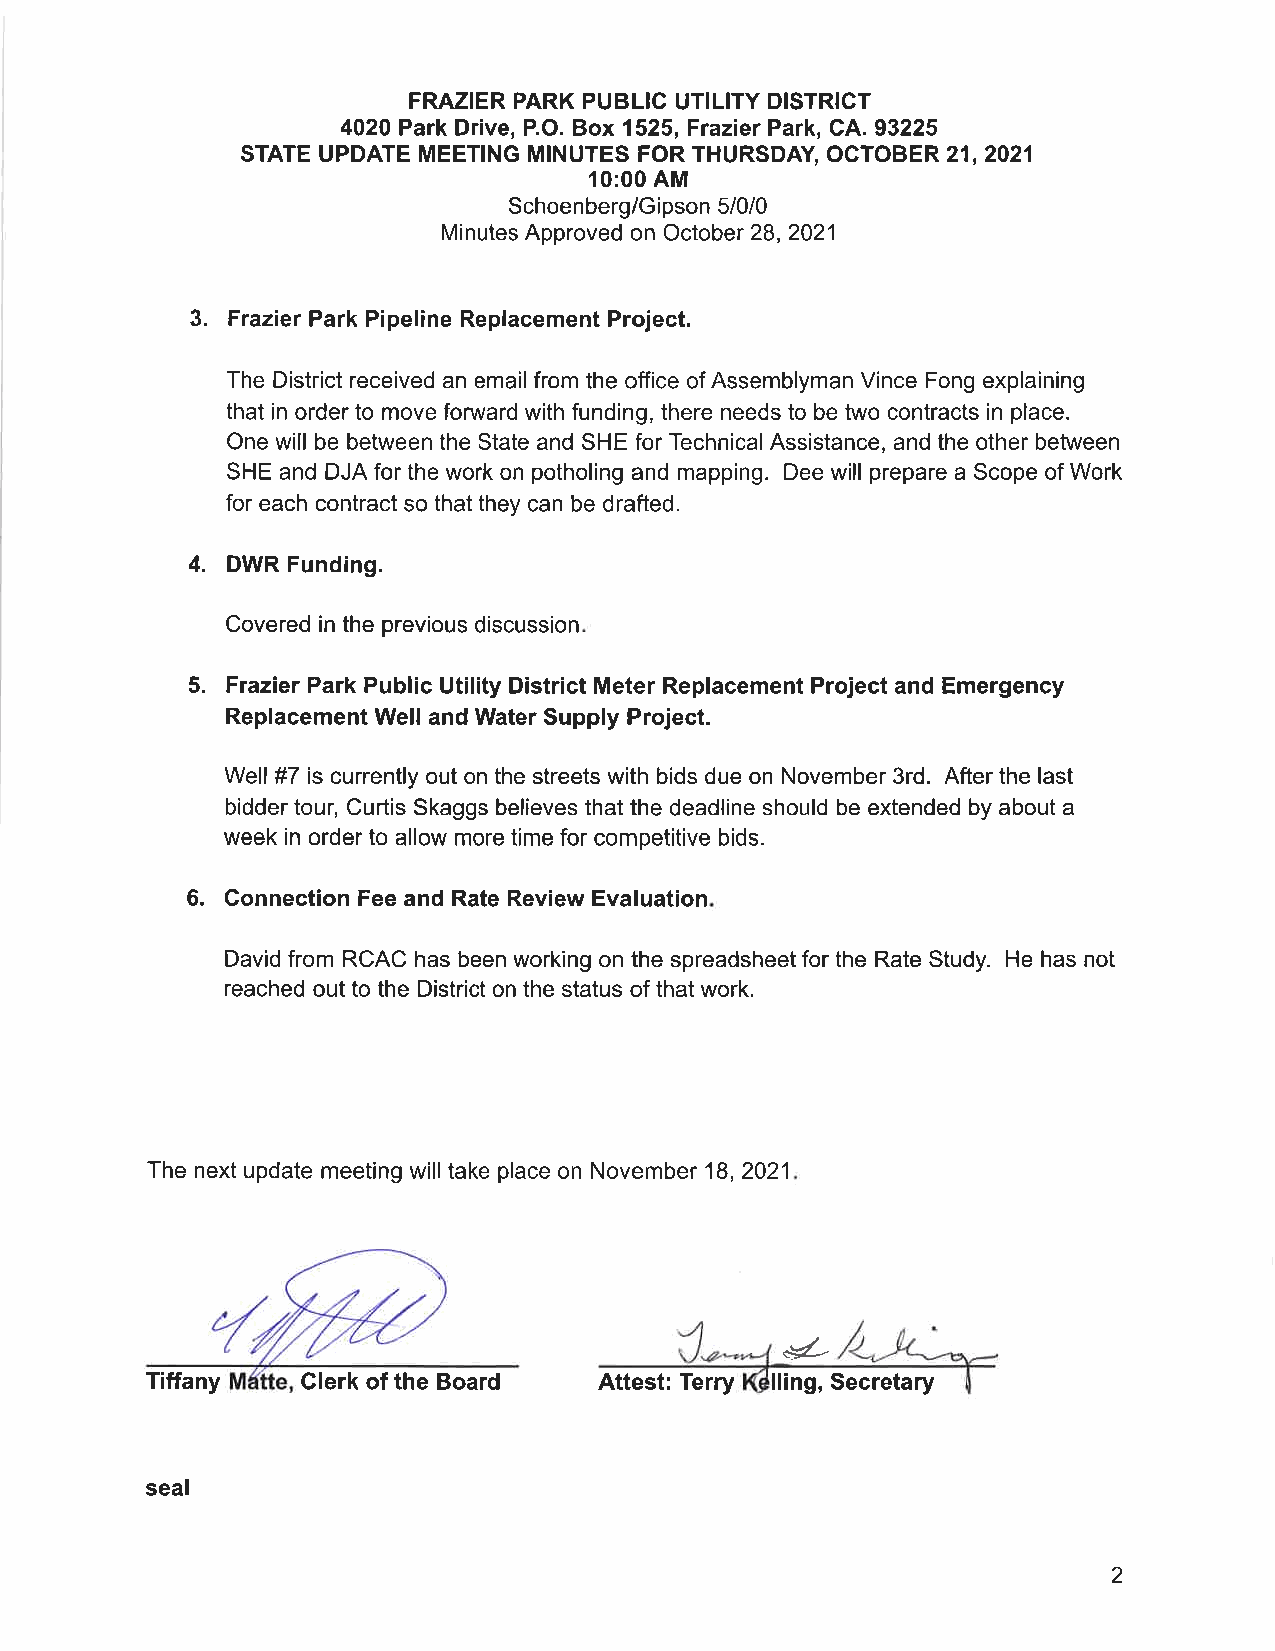
FRAZIER PARK PUBLIC UTILITY DISTRICT
 4020 Park Drive, P.O. Box 1525, Frazier Park, GA. 93225
 STATE UPDATE MEETTNG MTNUTES FOR THURSDAY OCTOBER 21,202',1
 10:00 AM
 Schoen berg/G pson 5/0/0
 i
 Minutes Approved on October 28,2021
 3.
 Frazier Park Pipeline Replacement Project.
 The District received an email from the office of Assemblyman Vince Fong explaining
 that in order to move fonvard with funding, there needs to be two contracts in place.
 One will be between the State and SHE for Technical Assistance, and the other between
 SHE and DJA for the work on potholing and mapping. Dee will prepare a Scope of Work
 for each contract so that they can be drafted.
 4.
 DWR Funding.
 Covered in the previous discussion
 5. Frazier Park Public Utllity District Meter Replacement Project and Emergency
 Replacement Well and Water Supply Project.
 Well #7 is currently out on the streets with bids due on November 3rd. After the last
 bidder tour, Curtis Skaggs believes that the deadline should be extended by about a
 week in order to allow more time for competitive bids.
 6.
 Connection Fee and Rate Review Evaluation
 David from RCAC has been working on the spreadsheet for the Rate Study. He has not
 reached out to the District on the status of that work.
 The next update meeting will take place on November 18,2021
 g-
 Tiffany   Clerk of the Board  Attest: Terry lling, Secretary
 seal
 2